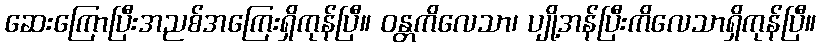
ဆေးကြောပြီးအညစ်အကြေးရှိကုန်ပြီ။ ဝန္တကိလေသာ၊ ပျို့အန်ပြီးကိလေသာရှိကုန်ပြီ။